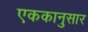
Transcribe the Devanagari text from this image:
एककानुसार